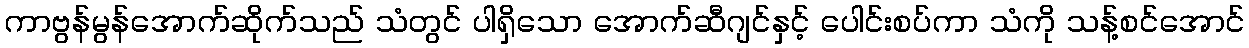
ကာဗွန်မွန်အောက်ဆိုက်သည် သံတွင် ပါရှိသော အောက်ဆီဂျင်နှင့် ပေါင်းစပ်ကာ သံကို သန့်စင်အောင်